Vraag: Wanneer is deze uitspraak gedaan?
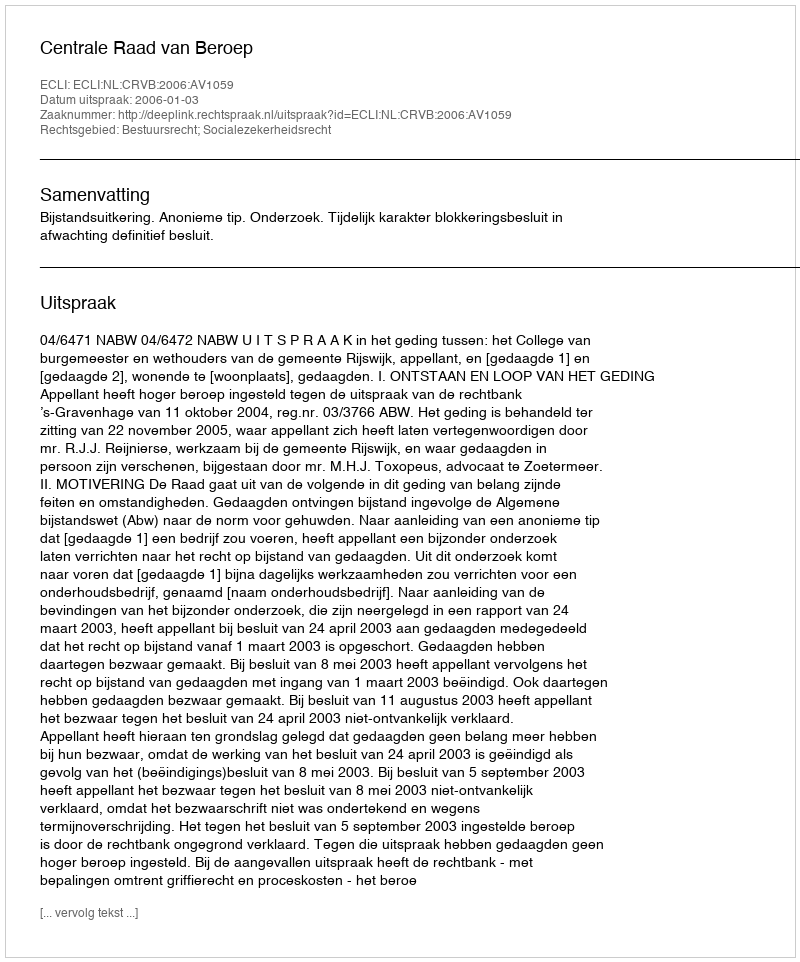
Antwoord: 2006-01-03